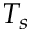
T _ { s }